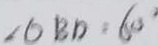
\angle O B D = 6 0 ^ { \circ }